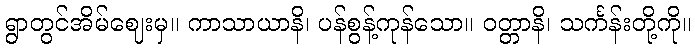
ရွာတွင်အိမ်ဈေးမှ။ ကာသာယာနိ၊ ပန်စွန့်ကုန်သော။ ဝတ္တာနိ၊ သင်္ကန်းတို့ကို။